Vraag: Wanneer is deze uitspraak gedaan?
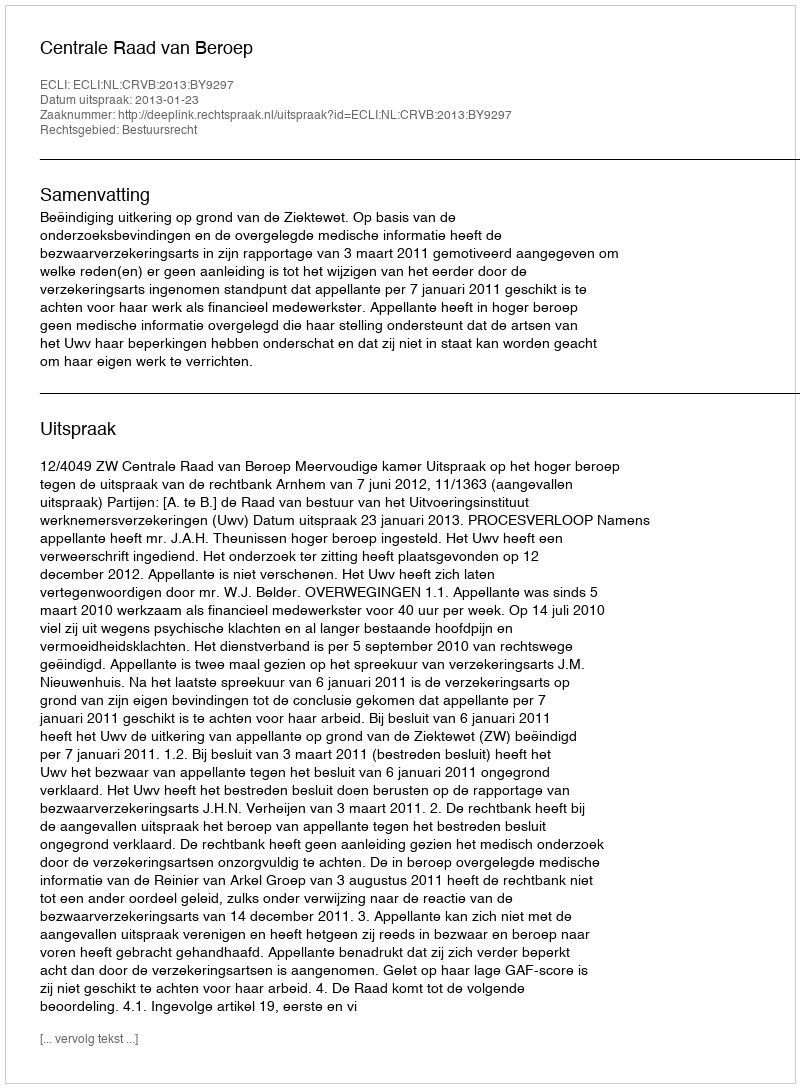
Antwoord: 2013-01-23